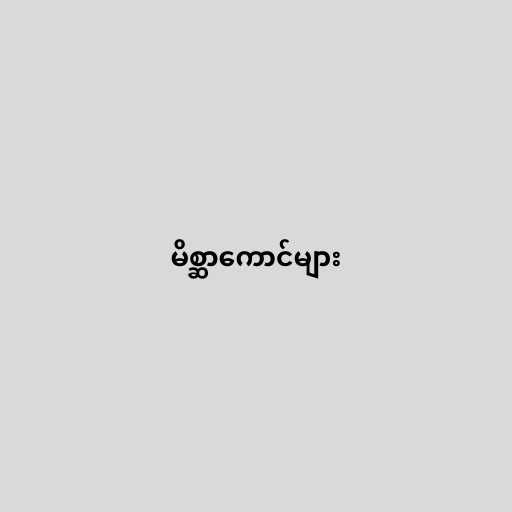
မိစ္ဆာကောင်များ